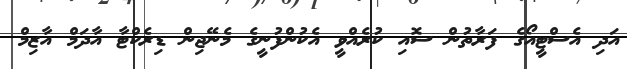
އަދި އެސްޓީއޯގެ ފަރާތުން ސޮއި ކުރެއްވީ އެކުންފުނީގެ މެނޭޖިން ޑިރެކްޓާ އާދަމް އާޒިމް